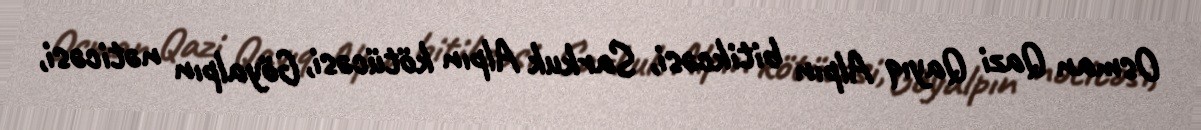
Osman Qazi Qayıq Alpın bitikcəsi, Sarkuk Alpın kötücəsi, Göyalpın nəticəsi,